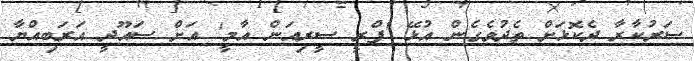
ސަރުކާރާ ދެކޮޅަށް ތެދުވެގެން އުޅޭ 'ފްރީ ސީރިއަން އާމީ' އަށް ސައޫދީ އަރަބިއްޔާ